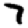
Digit: 7